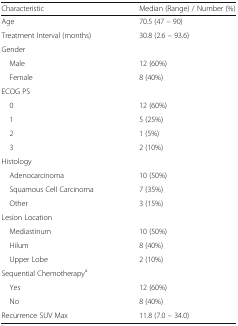
<table><thead><tr><td><b>Characteristic</b></td><td><b>Median (Range) / Number (%)</b></td></tr></thead><tbody><tr><td>Age</td><td>70.5 (47 – 90)</td></tr><tr><td>Treatment Interval (months)</td><td>30.8 (2.6 – 93.6)</td></tr><tr><td colspan="2">Gender</td></tr><tr><td> Male</td><td>12 (60%)</td></tr><tr><td> Female</td><td>8 (40%)</td></tr><tr><td colspan="2">ECOG PS</td></tr><tr><td> 0</td><td>12 (60%)</td></tr><tr><td> 1</td><td>5 (25%)</td></tr><tr><td> 2</td><td>1 (5%)</td></tr><tr><td> 3</td><td>2 (10%)</td></tr><tr><td colspan="2">Histology</td></tr><tr><td> Adenocarcinoma</td><td>10 (50%)</td></tr><tr><td> Squamous Cell Carcinoma</td><td>7 (35%)</td></tr><tr><td> Other</td><td>3 (15%)</td></tr><tr><td colspan="2">Lesion Location</td></tr><tr><td> Mediastinum</td><td>10 (50%)</td></tr><tr><td> Hilum</td><td>8 (40%)</td></tr><tr><td> Upper Lobe</td><td>2 (10%)</td></tr><tr><td colspan="2">Sequential Chemotherapy<sup>a</sup></td></tr><tr><td> Yes</td><td>12 (60%)</td></tr><tr><td> No</td><td>8 (40%)</td></tr><tr><td>Recurrence SUV Max</td><td>11.8 (7.0 – 34.0)</td></tr></tbody></table>